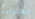
تشارليز